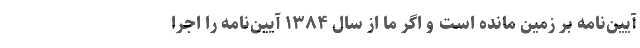
آیین‌نامه بر زمین مانده است و اگر ما از سال ۱۳۸۴ آیین‌نامه را اجرا